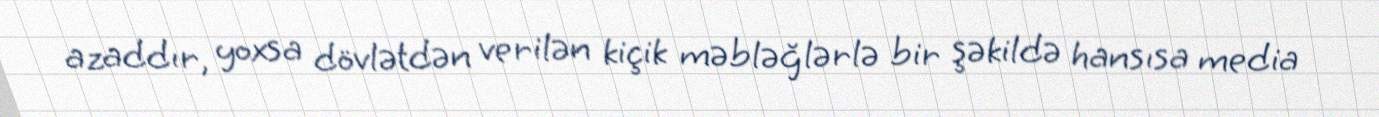
azaddır, yoxsa dövlətdən verilən kiçik məbləğlərlə bir şəkildə hansısa media